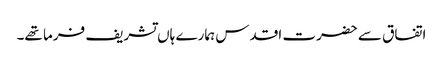
اتفاق سے حضرت اقدس ہمارے ہاں تشریف فرما تھے۔